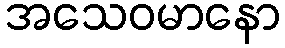
အသေဝမာနော